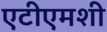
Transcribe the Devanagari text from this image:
एटीएमशी